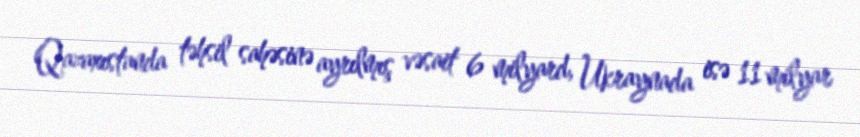
Qazaxıstanda təhsil sahəsinə ayrılmış vəsait 6 milyard, Ukraynada isə 11 milyar